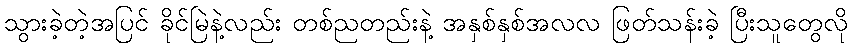
သွားခဲ့တဲ့အပြင် ခိုင်မြဲနဲ့လည်း တစ်ညတည်းနဲ့ အနှစ်နှစ်အလလ ဖြတ်သန်းခဲ့ ပြီးသူတွေလို